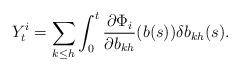
LaTeX: \begin{align*}Y_{t}^{i}=\sum_{k\leq h}\int_{0}^{t}\frac{\partial\Phi_{i}}{\partial b_{kh}}(b(s))\delta b_{kh}(s). \end{align*}